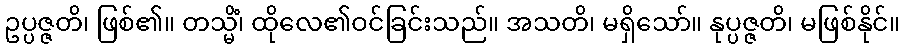
ဥပ္ပဇ္ဇတိ၊ ဖြစ်၏။ တသ္မိံ၊ ထိုလေ၏ဝင်ခြင်းသည်။ အသတိ၊ မရှိသော်။ နုပ္ပဇ္ဇတိ၊ မဖြစ်နိုင်။